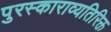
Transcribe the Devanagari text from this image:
पुरस्काराव्यतिरिक्त